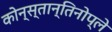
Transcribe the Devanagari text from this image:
कोन्स्तान्तिनोप्ले